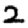
Digit: 2